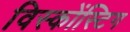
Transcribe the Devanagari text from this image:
विस्कोंस्टिग